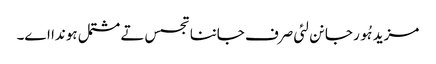
مزید ہُور جانن لئی صرف جاننا تجسس تے مشتمل ہوندا اے۔